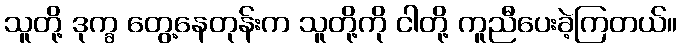
သူတို့ ဒုက္ခ တွေ့နေတုန်းက သူတို့ကို ငါတို့ ကူညီပေးခဲ့ကြတယ်။